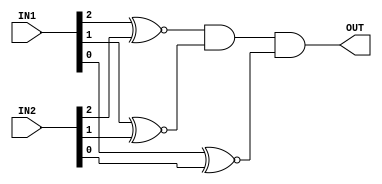
/*
Authers     : WIJERATHNA I.M.K.D.I.     e19446@eng.pdn.ac.lk
              DISSANAYAKE D.M.I.G.      e19090@eng.pdn.ac.lk
Lab         : Lab 6 part 2
              cpu.v
Last Updated: Wednesday, May 24, 2023 6:36:58 AM
*/

module comparator(IN1,IN2,OUT);
	input[0:2] IN1,IN2;
	output OUT;

	//xnor each bit and did and operation 
	assign #0.9 OUT = IN1[0]~^IN2[0] && IN1[1]~^IN2[1] && IN1[2]~^IN2[2];   
endmodule